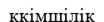
ккімшілік